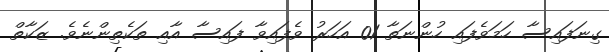
ގިނަފައިސާ ހަމަވެފައި ހުންނަތާ 01 އަހަރު ވެފައިވާ ފައިސާ އާއި ތަކެތިންނެވެ. ޒަކާތް